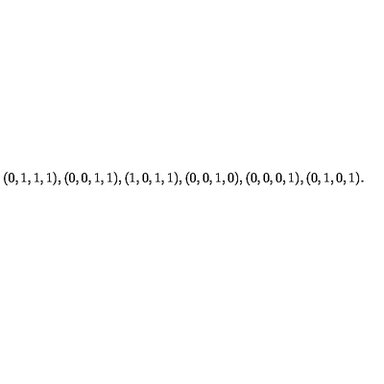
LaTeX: ( 0 , 1 , 1 , 1 ) , ( 0 , 0 , 1 , 1 ) , ( 1 , 0 , 1 , 1 ) , ( 0 , 0 , 1 , 0 ) , ( 0 , 0 , 0 , 1 ) , ( 0 , 1 , 0 , 1 ) .